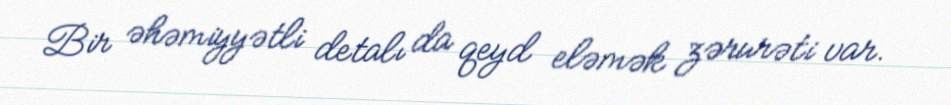
Bir əhəmiyyətli detalı da qeyd eləmək zərurəti var.